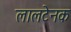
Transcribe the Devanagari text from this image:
लालटेनक